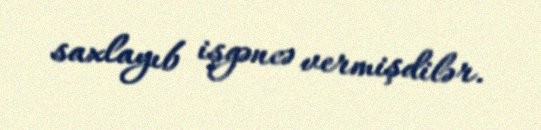
saxlayıb işgəncə vermişdilər.